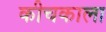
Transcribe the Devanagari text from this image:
कीचकाला